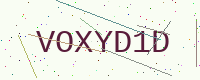
Text: VOXYD1D